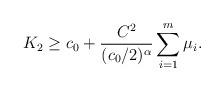
LaTeX: \begin{align*} K_2\geq c_0+ \frac{C^2}{(c_0/2)^\alpha}\sum_{i=1}^m\mu_i.\end{align*}